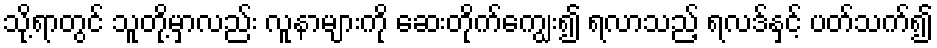
သို့ရာတွင် သူတို့မှာလည်း လူနာများကို ဆေးတိုက်ကျွေး၍ ရလာသည့် ရလဒ်နှင့် ပတ်သက်၍